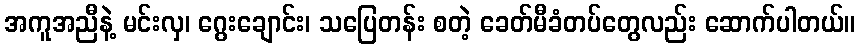
အကူအညီနဲ့ မင်းလှ၊ ဂွေးချောင်း၊ သပြေတန်း စတဲ့ ခေတ်မီခံတပ်တွေလည်း ဆောက်ပါတယ်။